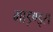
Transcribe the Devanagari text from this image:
माइण्ड्स